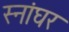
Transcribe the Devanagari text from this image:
स्नांघर